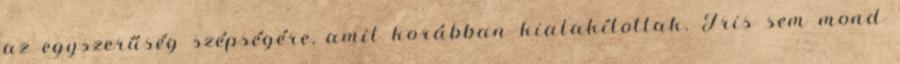
az egyszerűség szépségére, amit korábban kialakítottak. Tris sem mond